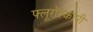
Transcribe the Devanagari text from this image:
फ्लूरोस्कोपी